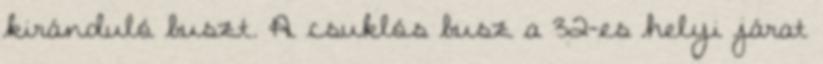
kiránduló buszt. A csuklós busz a 32-es helyi járat